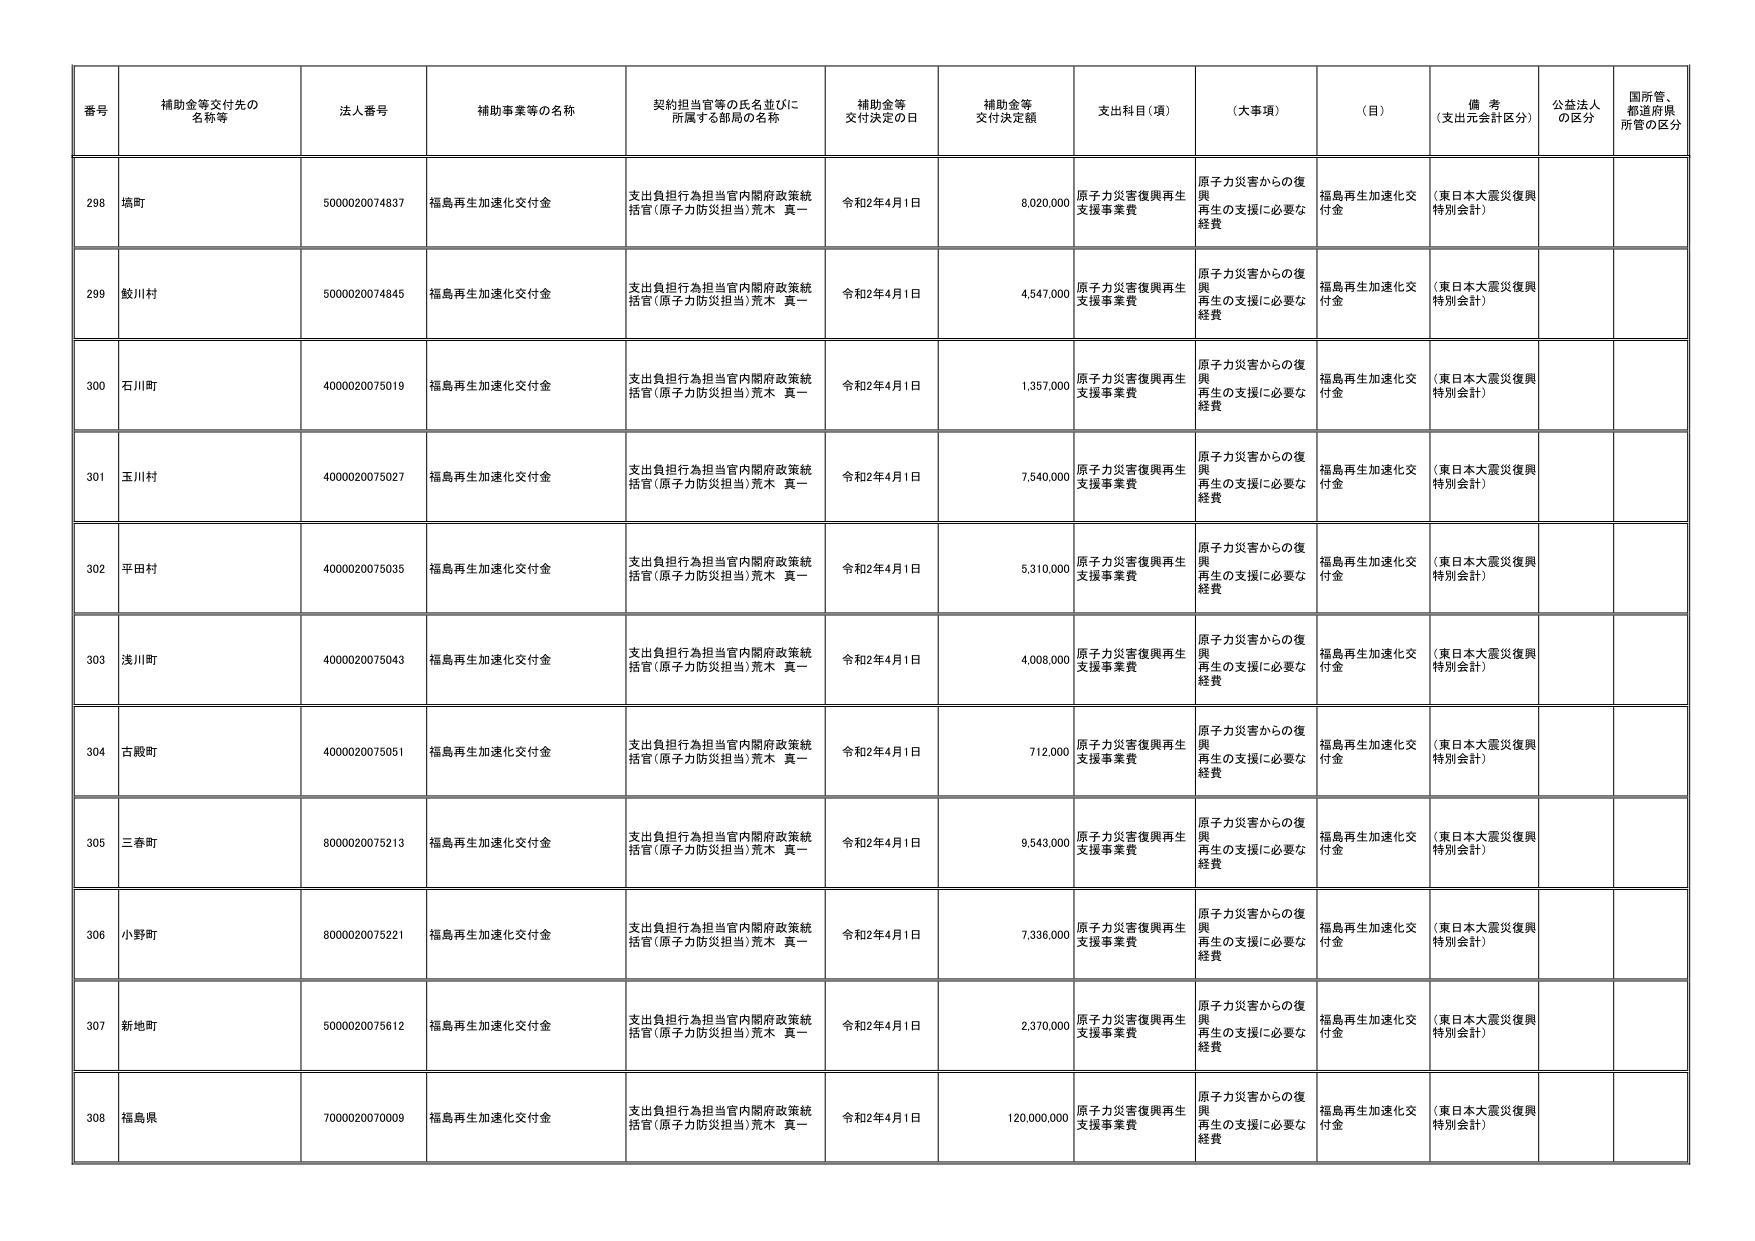
番号 補助金等交付先の名称等 法人番号 補助事業等の名称 契約担当官等の氏名並びに所属する部局の名称 補助金等交付決定の日 補助金等交付決定額 支出科目（項） （大事項） （目） 備考（支出元会計区分） 公益法人の区分 国所管、都道府県所管の区分
298 塙町 5000020074837 福島再生加速化交付金 支出負担行為担当官内閣府政策統括官（原子力防災担当）荒木 真一 令和2年4月1日 8,020,000 原子力災害復興再生支援事業費 原子力災害からの復興再生の支援に必要な経費 福島再生加速化交付金 （東日本大震災復興特別会計）
299 鮫川村 5000020074845 福島再生加速化交付金 支出負担行為担当官内閣府政策統括官（原子力防災担当）荒木 真一 令和2年4月1日 4,547,000 原子力災害復興再生支援事業費 原子力災害からの復興再生の支援に必要な経費 福島再生加速化交付金 （東日本大震災復興特別会計）
300 石川町 4000020075019 福島再生加速化交付金 支出負担行為担当官内閣府政策統括官（原子力防災担当）荒木 真一 令和2年4月1日 1,357,000 原子力災害復興再生支援事業費 原子力災害からの復興再生の支援に必要な経費 福島再生加速化交付金 （東日本大震災復興特別会計）
301 玉川村 4000020075027 福島再生加速化交付金 支出負担行為担当官内閣府政策統括官（原子力防災担当）荒木 真一 令和2年4月1日 7,540,000 原子力災害復興再生支援事業費 原子力災害からの復興再生の支援に必要な経費 福島再生加速化交付金 （東日本大震災復興特別会計）
302 平田村 4000020075035 福島再生加速化交付金 支出負担行為担当官内閣府政策統括官（原子力防災担当）荒木 真一 令和2年4月1日 5,310,000 原子力災害復興再生支援事業費 原子力災害からの復興再生の支援に必要な経費 福島再生加速化交付金 （東日本大震災復興特別会計）
303 浅川町 4000020075043 福島再生加速化交付金 支出負担行為担当官内閣府政策統括官（原子力防災担当）荒木 真一 令和2年4月1日 4,008,000 原子力災害復興再生支援事業費 原子力災害からの復興再生の支援に必要な経費 福島再生加速化交付金 （東日本大震災復興特別会計）
304 古殿町 4000020075051 福島再生加速化交付金 支出負担行為担当官内閣府政策統括官（原子力防災担当）荒木 真一 令和2年4月1日 712,000 原子力災害復興再生支援事業費 原子力災害からの復興再生の支援に必要な経費 福島再生加速化交付金 （東日本大震災復興特別会計）
305 三春町 8000020075213 福島再生加速化交付金 支出負担行為担当官内閣府政策統括官（原子力防災担当）荒木 真一 令和2年4月1日 9,543,000 原子力災害復興再生支援事業費 原子力災害からの復興再生の支援に必要な経費 福島再生加速化交付金 （東日本大震災復興特別会計）
306 小野町 8000020075221 福島再生加速化交付金 支出負担行為担当官内閣府政策統括官（原子力防災担当）荒木 真一 令和2年4月1日 7,336,000 原子力災害復興再生支援事業費 原子力災害からの復興再生の支援に必要な経費 福島再生加速化交付金 （東日本大震災復興特別会計）
307 新地町 5000020075612 福島再生加速化交付金 支出負担行為担当官内閣府政策統括官（原子力防災担当）荒木 真一 令和2年4月1日 2,370,000 原子力災害復興再生支援事業費 原子力災害からの復興再生の支援に必要な経費 福島再生加速化交付金 （東日本大震災復興特別会計）
308 福島県 7000020070009 福島再生加速化交付金 支出負担行為担当官内閣府政策統括官（原子力防災担当）荒木 真一 令和2年4月1日 120,000,000 原子力災害復興再生支援事業費 原子力災害からの復興再生の支援に必要な経費 福島再生加速化交付金 （東日本大震災復興特別会計）